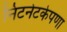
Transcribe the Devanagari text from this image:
निटनेटकेपणा